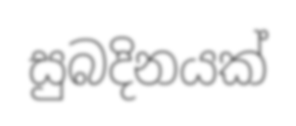
සුබදිනයක්